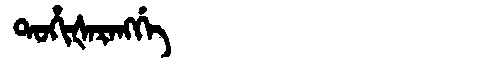
Manchu: ᡨᠣᡥᡳᡧᠠᡵᠠᠩᡤᡝ
Romanization: TOHIŠARANGGE